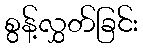
စွန့်လွှတ်ခြင်း